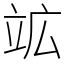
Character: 䇊